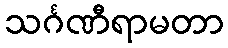
သင်္ဂဏီရာမတာ